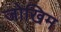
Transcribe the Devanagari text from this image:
जोखिम